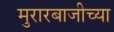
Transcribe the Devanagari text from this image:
मुरारबाजीच्या